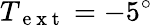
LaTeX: T_{\mathrm{~e~x~t~}}=-5^{\circ}